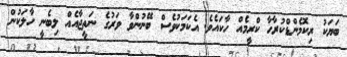
ބަޔަކު ރިކޮމެންޑްކުރާހާ ކްރީމެއް ހާކައެވެ. އެކަމަކުވެސް ބޭނުންވާ ވަރުގެ ނަތީޖާއެއް ލިބެނީ ހާލަކުން